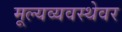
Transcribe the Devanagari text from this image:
मूल्यव्यवस्थेवर